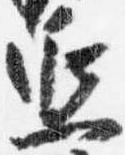
延